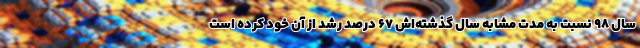
سال 98 نسبت به مدت مشابه سال گذشته‌اش 67 درصد رشد از آن خود کرده است